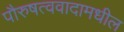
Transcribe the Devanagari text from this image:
पौरुषत्ववादामधील